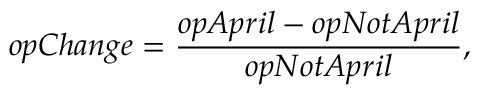
o p C h a n g e = \frac { o p A p r i l - o p N o t A p r i l } { o p N o t A p r i l } ,